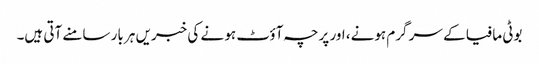
بوٹی مافیا کے سر گرم ہونے، اور پرچہ آؤٹ ہو نے کی خبریں ہر بار سامنے آتی ہیں۔